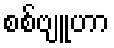
စစ်ဗျူဟာ